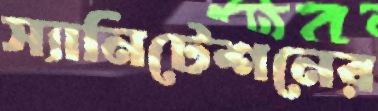
স্যানিটেশনের